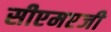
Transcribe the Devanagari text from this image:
सीएमएजी